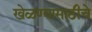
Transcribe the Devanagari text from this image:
खेळण्यासाठीचे